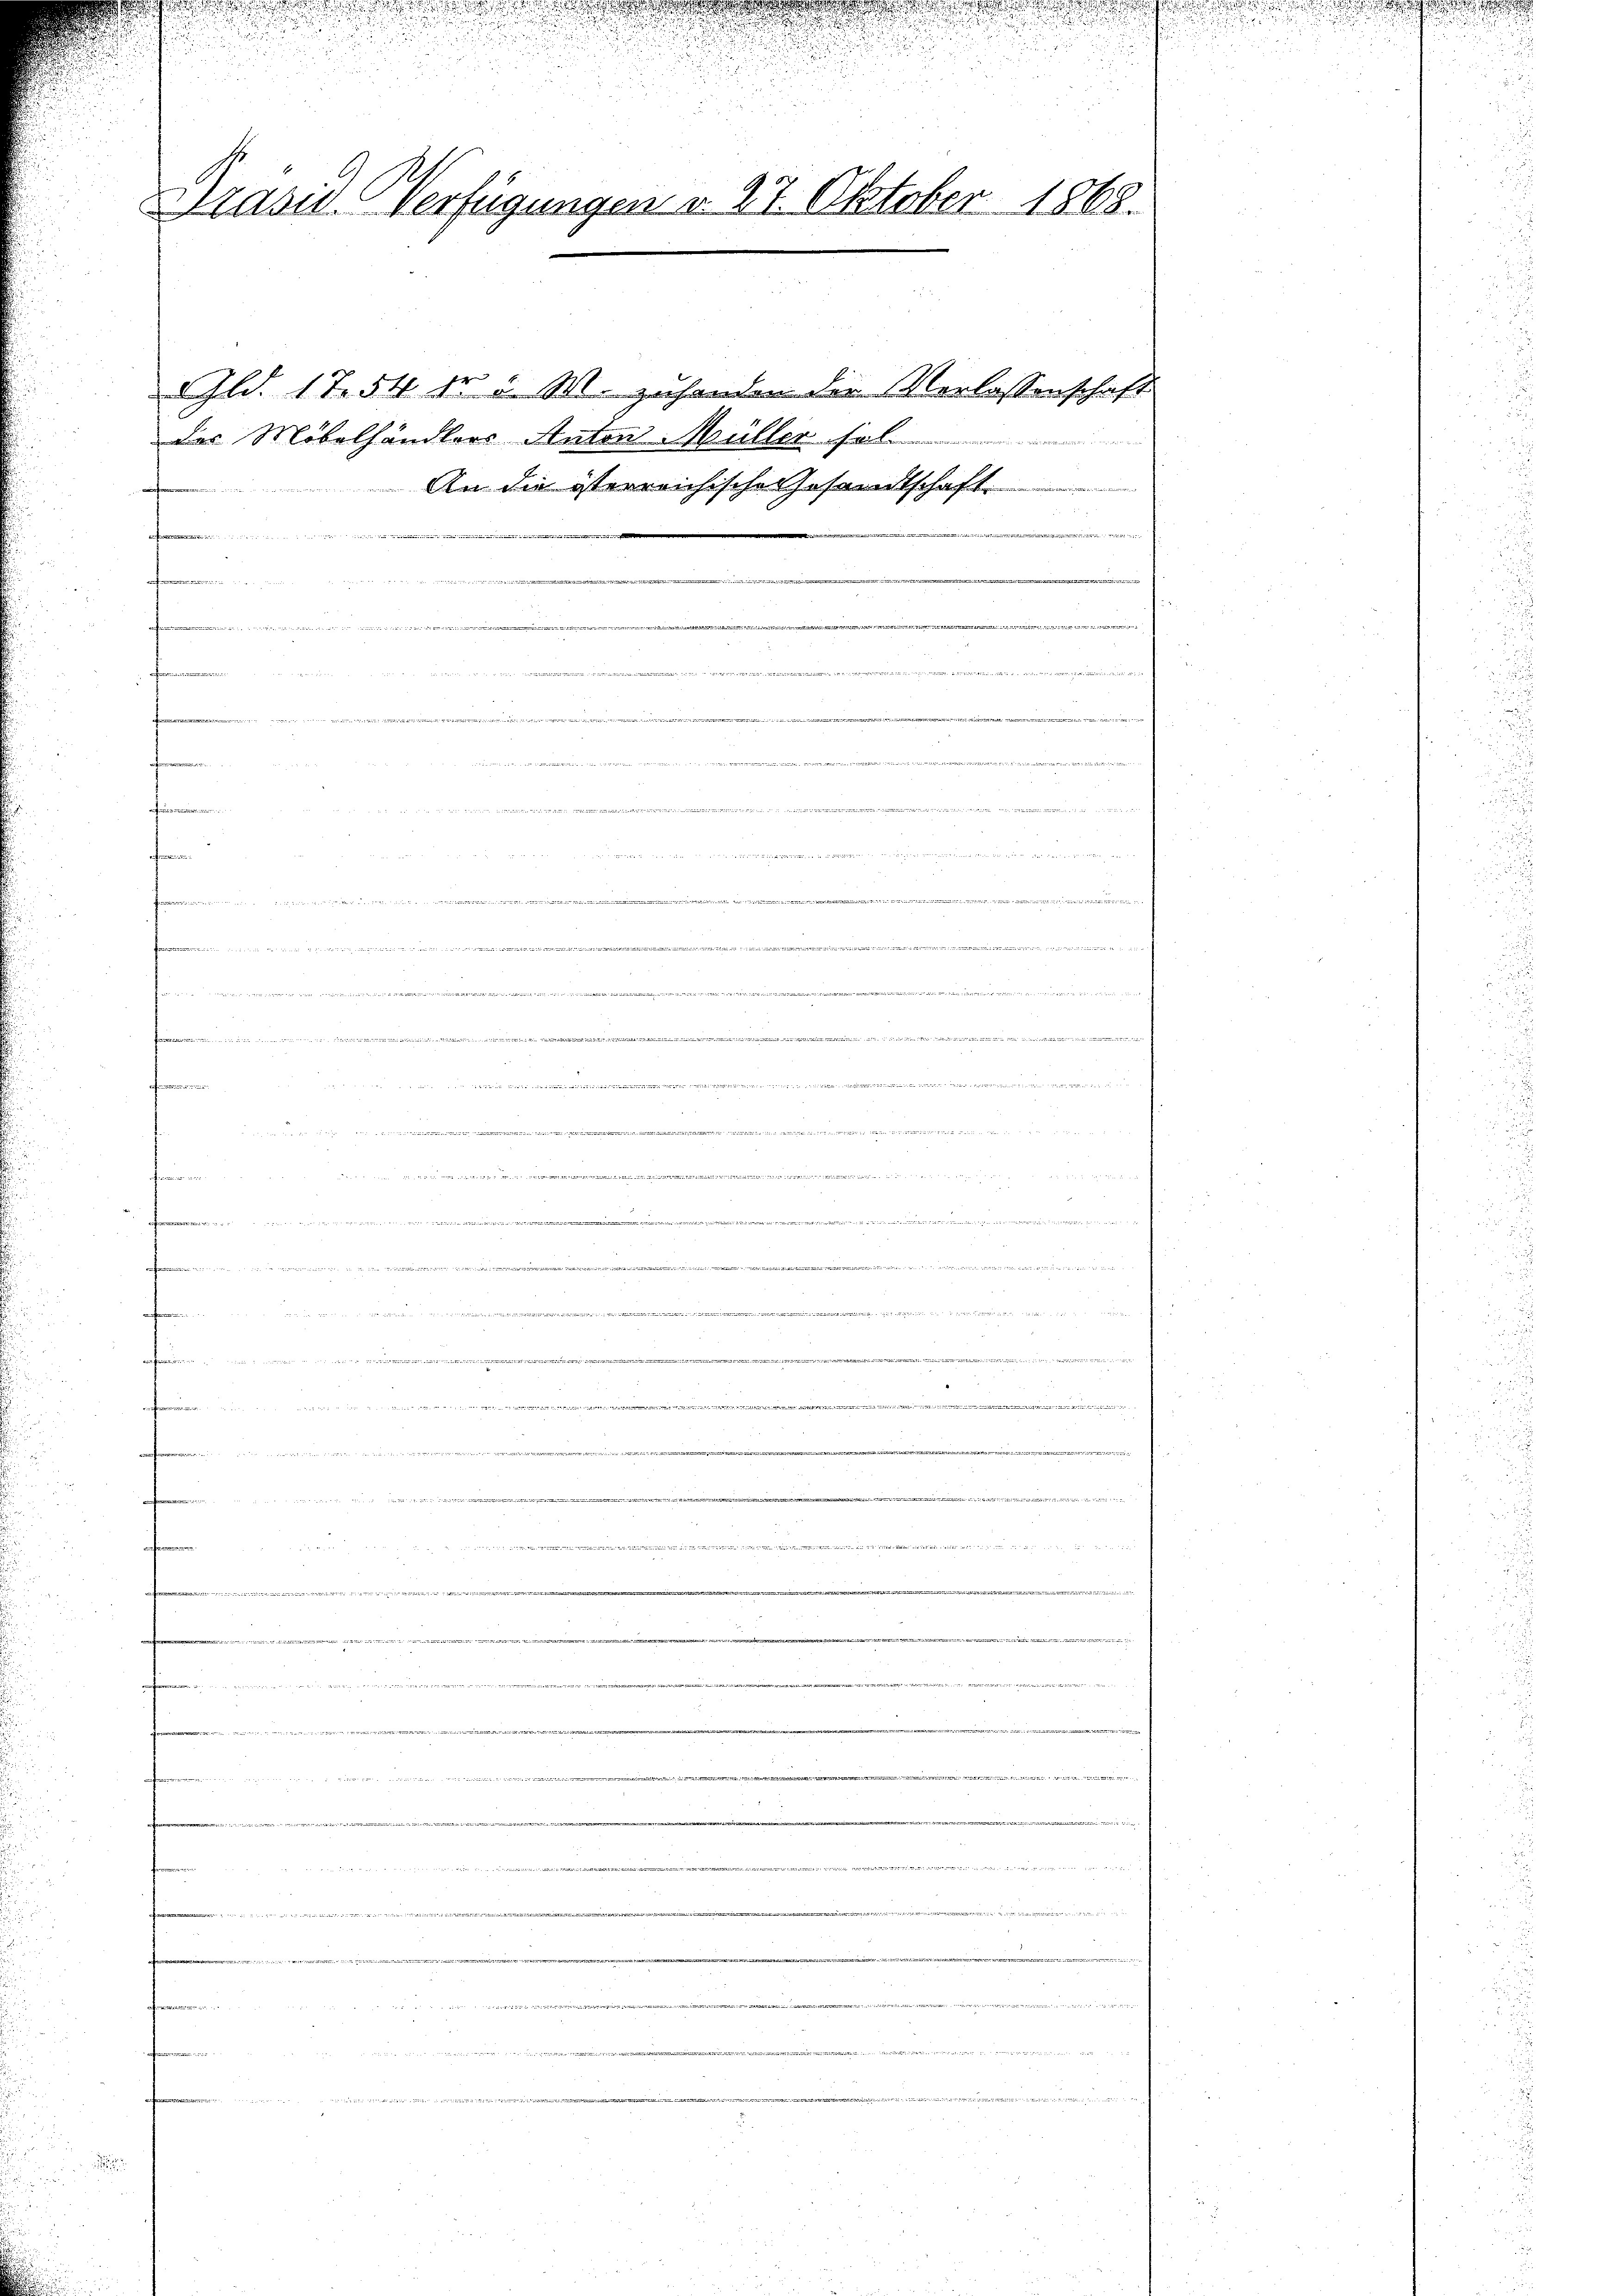
Gld. 17. 54 fr 5 M. zuhanden die Verlassenschaft
der Möbelhändlers Anton Müller sol
An die isterreichische Gesandtschaft.
Kat
  die der eine ein verten einen ande
o u. ging u die eigenheit der e
e
A
. . . . .

f

e

u

252

5

Präsid. Verfügungen v. 27. Oktober 1868.

e
5te Sitte er die

uisiten, wenn in sei
24 f. 21. No. 441
Der verseitigten der

t
E

.
 wie die er den

h

e
a